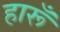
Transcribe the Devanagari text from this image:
हारूँ